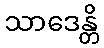
သာဒေန္တိ